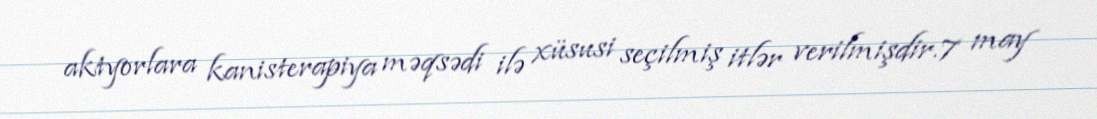
aktyorlara kanisterapiya məqsədi ilə xüsusi seçilmiş itlər verilmişdir.7 may